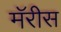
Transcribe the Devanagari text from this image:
मॅरीस